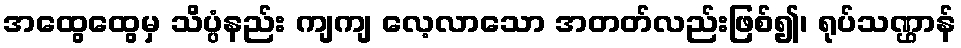
အထွေထွေမှ သိပ္ပံနည်း ကျကျ လေ့လာသော အတတ်လည်းဖြစ်၍၊ ရုပ်သဏ္ဌာန်